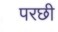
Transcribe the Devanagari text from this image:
परछी